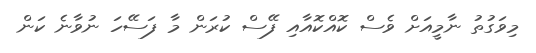
މިވަގުތު ނާމީއަށް ވެސް ކޮއްކޮއާއި ފޭސް ކުރަން މާ ފަސޭހަ ނުވާނެ ކަން